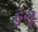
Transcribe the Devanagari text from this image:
हुंगू